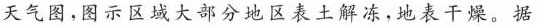
天气图，图示区域大部分地区表土解冻，地表干燥。据